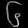
Digit: ၆